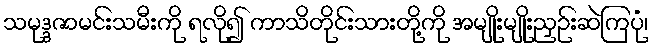
သမုဒ္ဒဇာမင်းသမီးကို ရလို၍ ကာသိတိုင်းသားတို့ကို အမျိုးမျိုးညှဉ်းဆဲကြပုံ၊